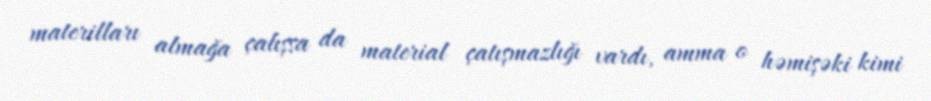
materilları almağa çalışsa da material çatışmazlığı vardı, amma o həmişəki kimi